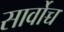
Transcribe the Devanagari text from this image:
सार्वोच्च